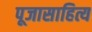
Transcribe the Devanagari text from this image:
पूजासाहित्य